Sanitation, dispensaries and jails vaccination Rajputana 1922-1927 - 1922-1927
Year: 1922
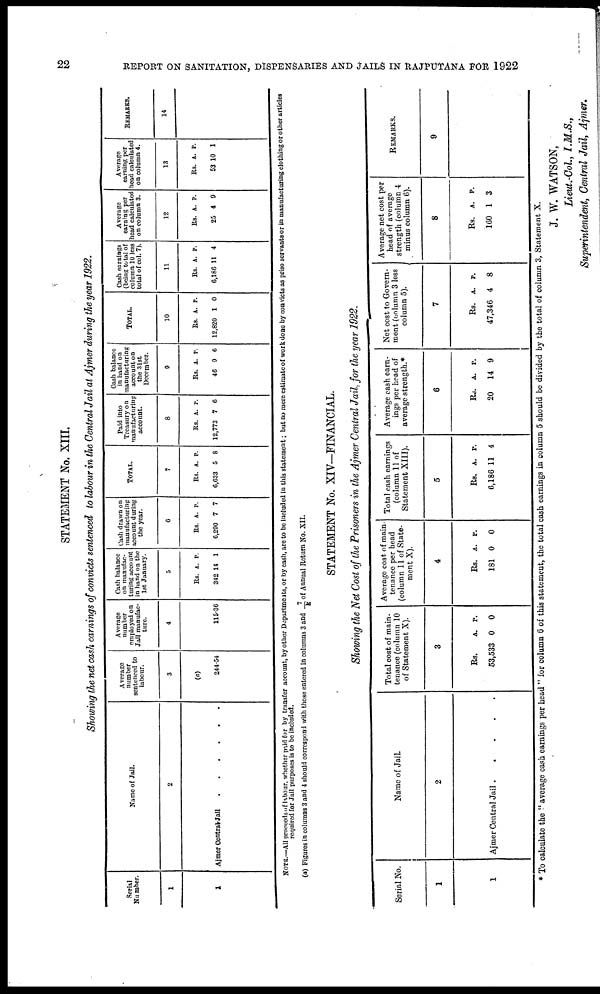
22
REPORT ON SANITATION, DISPENSARIES AND JAILS IN RAJPUTANA FOR 1922
STATEMENT No. XIII.
Showing the net cash earnings of convicts sentenced to labour in the Central Jail at Ajmer during the year 1922.
Serial
Number.
1
1
Name of Jail.
2
Ajmer Central Jail . . . . . .
Average
number
sentenced to
labour.
3
(a)
244.54
Average
number
employed on
Jail manufac-
ture.
4
115.30
Cash balance
on manufac-
turing account
in hand on the
1st January.
5
Rs.
342
A.
14
P.
1
Cash drawn on
manufacturing
account during
the year.
6
Rs.
6,290
A.
7
P.
7
TOTAL.
7
Rs.
6,633
A.
5
P.
8
Paid into
Treasury on
manufacturing
account.
8
Rs.
12,773
A.
7
P.
6
Cash balance
in hand on
manufacturing
account on
the 31st
December.
9
Rs.
46
A.
9
P.
6
TOTAL.
10
Rs.
12,820
A.
1
P.
0
Cash earnings
(being total of
column 10 less
total of col. 7).
11
Rs.
6,186
A.
11
P.
4
Average
earning per
head calculated
on column 3.
12
Rs.
25
A.
4
P.
9
Average
earning per
head calculated
on column 4.
13
Rs.
53
A.
10
P.
1
REMARKS.
14
NOTE.—All proceeds of labour, whether paid for by transfer account, by other Departments, or by cash, are to be included in this statement; but no mere estimate of work done by convicts as priso servants or in manufacturing clothing or other articles
required for Jail purposes is to be included.
(a) Figures in columns 3 and 4 should correspond with those entered in columns 3 and 7/k of Annual Return No. XII.
STATEMENT No. XIV—FINANCIAL.
Showing the Net Cost of the Prisoners in the Ajmer Central Jail, for the year 1922.
Serial No.
1
1
Name of Jail.
2
Ajmer Central Jail .......
Total cost of main-
tenance (column 10
of Statement X).
3
Rs.
53,533
A.
0
P.
0
Average cost of main-
tenance per head
(column 11 of State-
ment X).
4
Rs.
181
A.
0
P.
0
Total cash earnings
(column 11 of
Statement XIII).
5
Rs.
6,186
A.
11
P.
4
Average cash earn-
ings per head of
average strength.*
6
Rs.
20
A.
14
P.
9
Net cost to Govern-
ment (column 3 less
column 5).
7
Rs.
47,346
A.
4
P.
8
Average net cost per
head of average
strength (column 4
minus column 6).
8
Rs.
160
A.
1
P.
3
REMARKS.
9
* To calculate the " average cash earnings per head " for column 6 of this statement, the total cash earnings in column 5 should be divided by the total of column 3, Statement X.
J. W. WATSON,
Lieut.-Col., I.M.S.,
Superintendent, Central Jail, Ajmer.